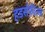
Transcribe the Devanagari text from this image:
हडर्सफ़ील्ड